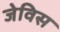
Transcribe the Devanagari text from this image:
जेविस